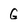
Character: G